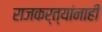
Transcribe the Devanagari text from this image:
राजकर्त्यांनाही